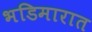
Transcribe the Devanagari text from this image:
भडिमारात